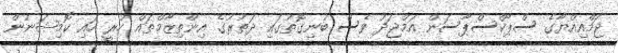
ޖަމްއިއްޔާގެ ސްޕޯކްސްޕާސަން އަމްޖަދު ވެސް ބުނިގޮތުގައި ދަތުރުގެ އިންތިޒާމްތައް ހުރީ ހައި ކޮމިޝަނުން